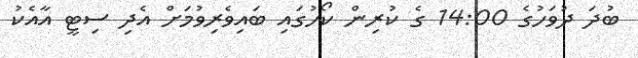
ބުދަ ދުވަހުގެ 14:00 ގެ ކުރިން ކޯހުގައި ބައިވެރިވުމަށް އެދި ސިޓީ އާއެކު